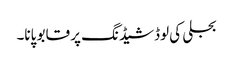
بجلی کی لوڈشیڈنگ پر قابو پانا۔